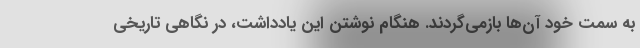
به سمت خود آن‌ها بازمی‌گردند. هنگام نوشتن این یادداشت، در نگاهی تاریخی